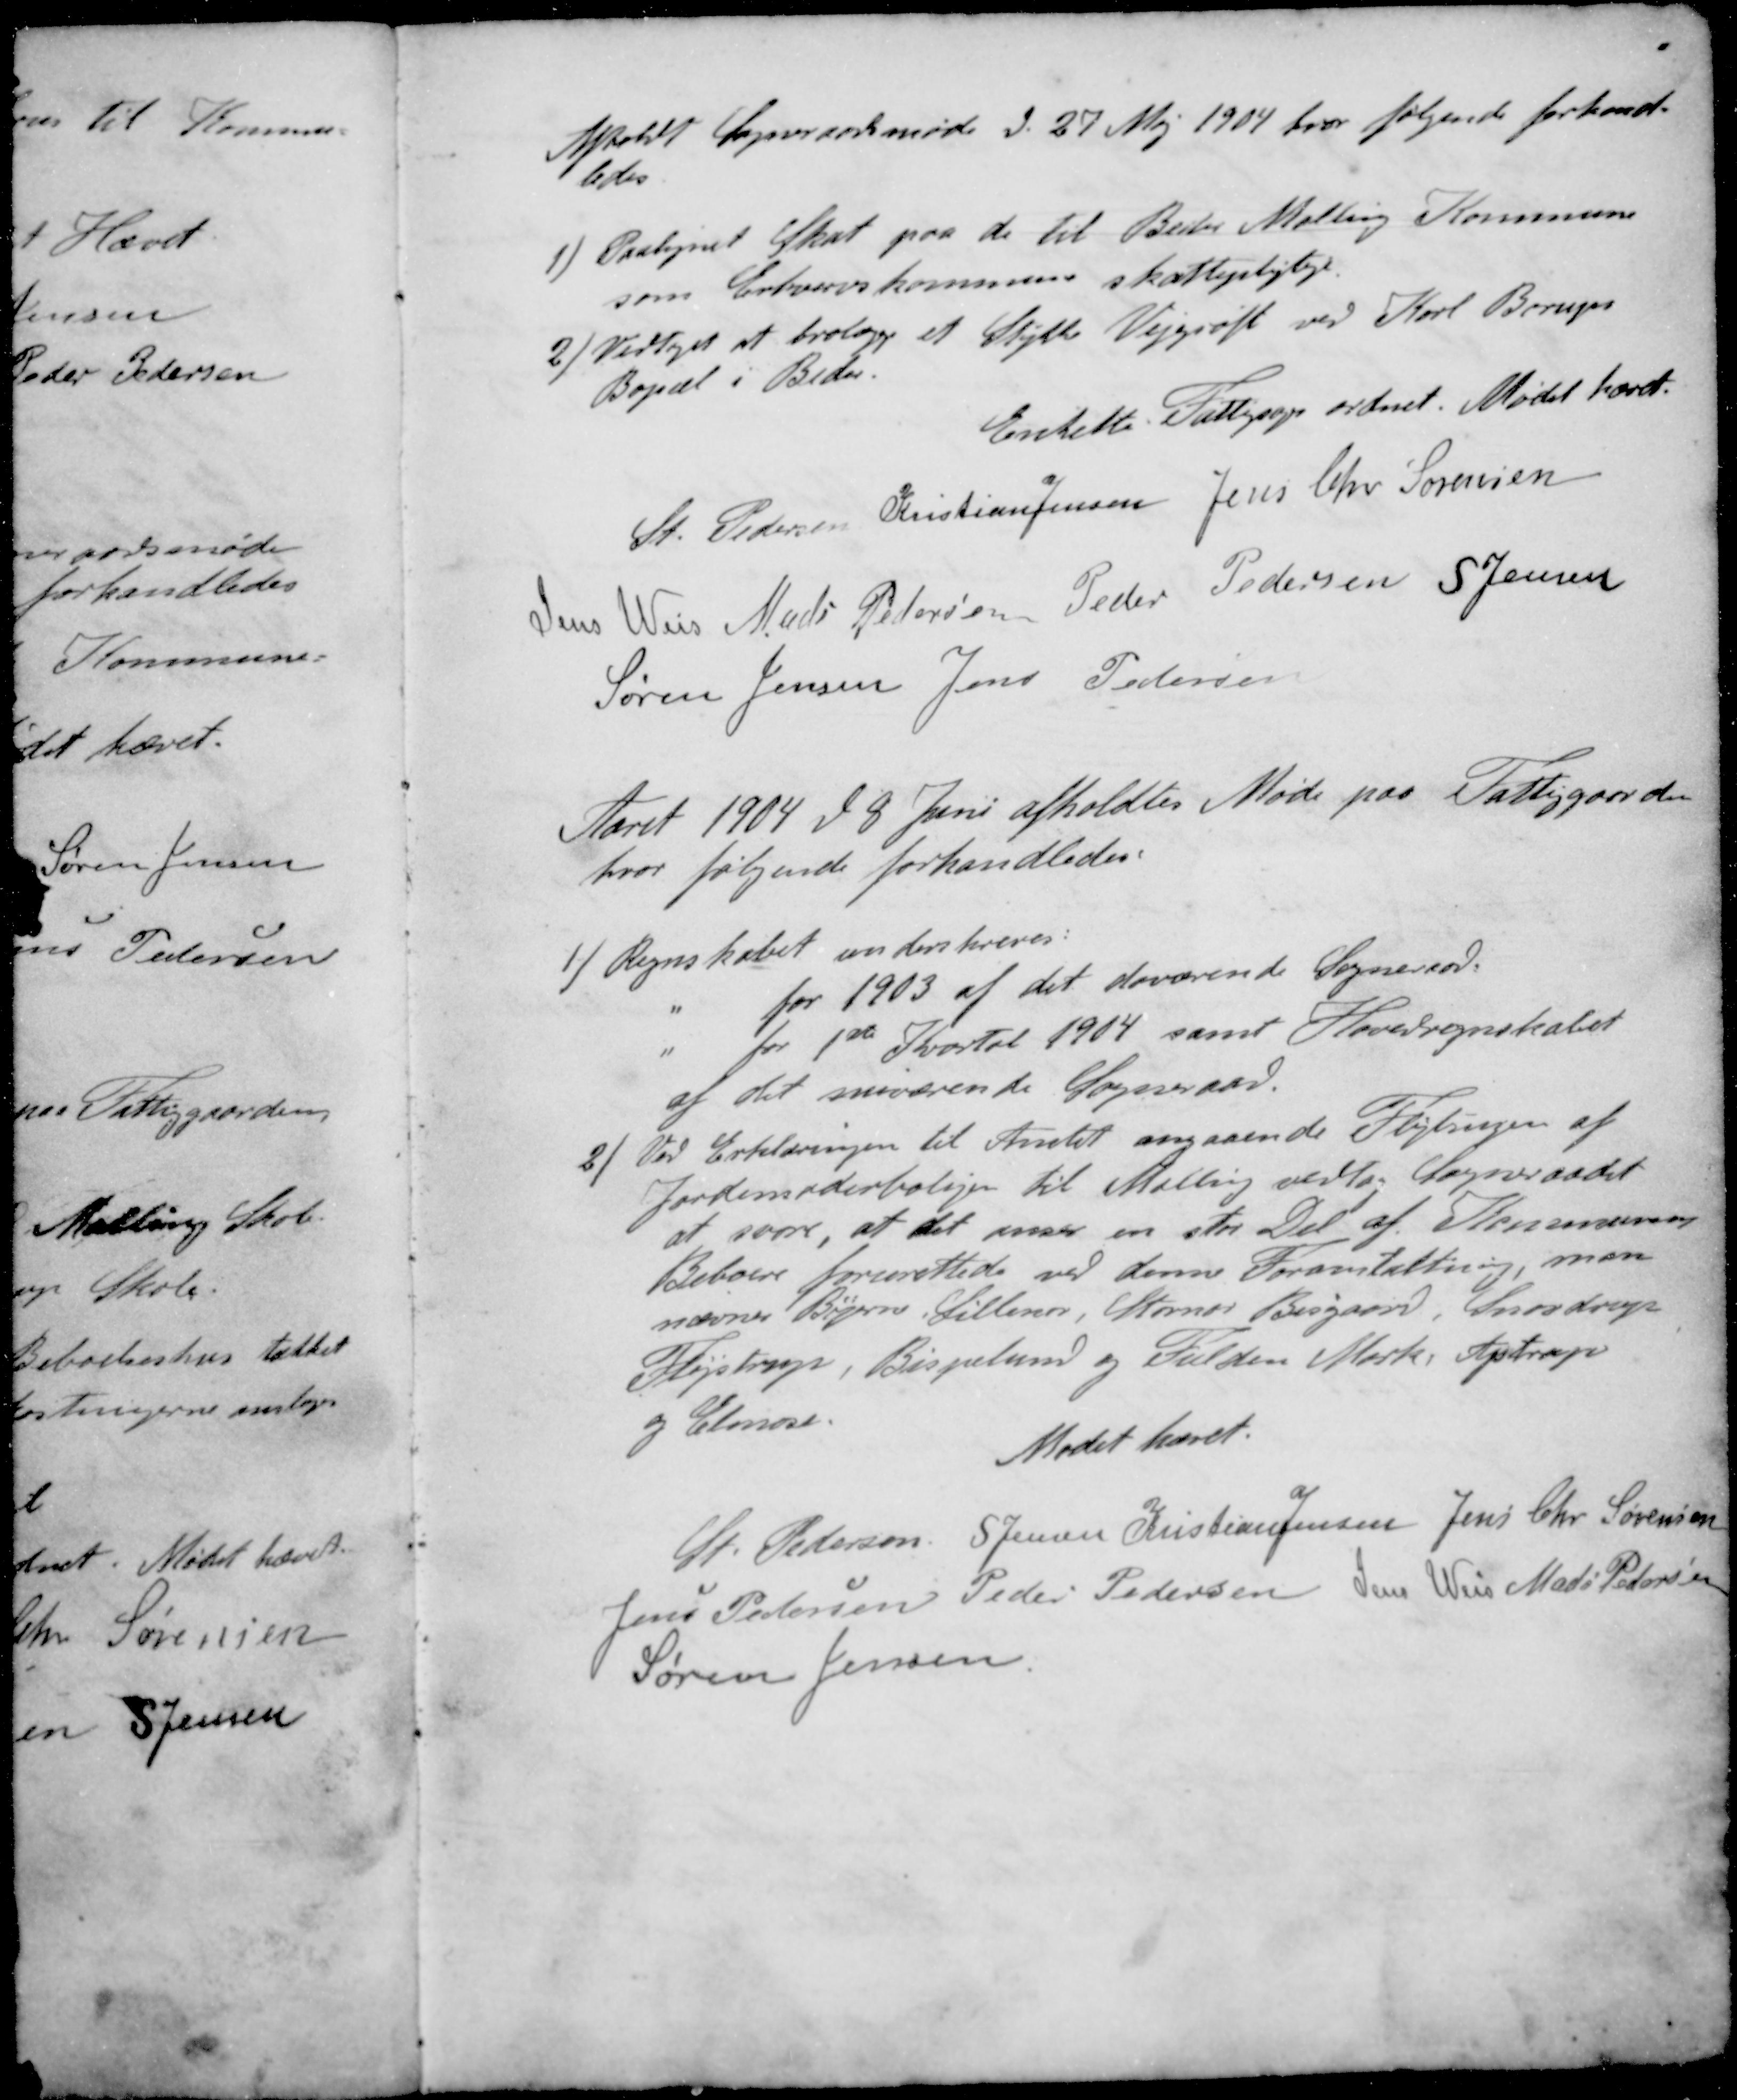
Transskription:
Afholdt Sogneraadsmøde d. 27 Maj 1904 hvor følgende forhand-
ledes
1 / Paategnet Skat paa de til Beder Malling Kommune
som Erhvervskommune skattepligtige
2 / Vedtoges at brolægge et Stykkee Vejgrøft ved Karl Borups
Bopæl i Beder.
Enkette Fattigsages ordnet. Mødet hævet.
St Pedersen
Kristian Jensen
Jens Chr Sørensen
Jens Weis
Mads Petersen
Peder Pedersen
S Jensen
Søren Jensen
Jens Pedersen
Aaret 1904 d. 8 Juni afholdtes Møde paa Fattiggaarden
hvor følgende forhandledes:
1 / Regnskabet underskreves:
" for 1903 af det daværende Sogneraad
" for 1ste Kvartal 1904 samt Hovedregnskabet
af det nuværende Sogneraad.
2 / Ved Erklæringen til Amtet angaaende Flygningen af
Jordemoderboligen til Malling vedtog Sogneraadet
at svare, at det anser en stor Del af Kommunens
Beboere forurettede ved denne Foranstaltning, man
nævner Byerne, Lillenor, Storner Bisgaard, Snovdrup
Fløjstrup, Bispelund og Fulden Mark, Ajstrup
og Elmose.
Mødet hævet.
St Pedersen
S Jensen
Kristian Jensen
Jens Chr Sørensen
Jens Pedersen
Peder Pedersen
Jens Weis
Mads Pedersen
Søren Jensen